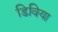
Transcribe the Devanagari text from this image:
डिविया